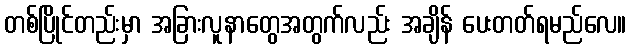
တစ်ပြိုင်တည်းမှာ အခြားလူနာတွေအတွက်လည်း အချိန် ပေးတတ်ရမည်လေ။